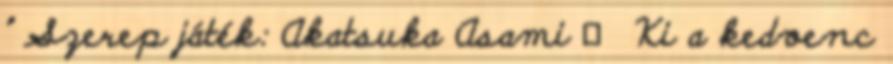
" Szerep játék: Akatsuka Asami ★ Ki a kedvenc